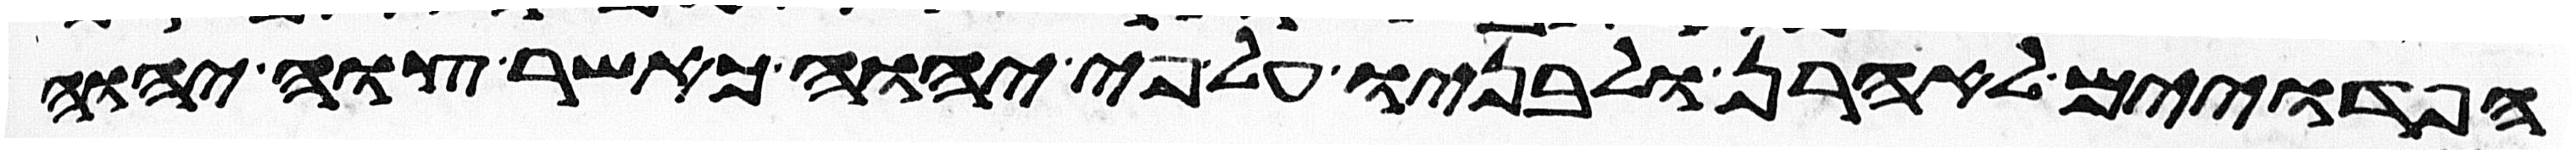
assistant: הפדוים לאהרן ולבניו על פי יהוה כאשר צוה יהוה